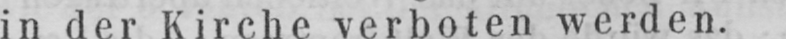
in der Kirche verboten werden.